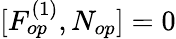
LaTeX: [F_{op}^{(1)},N_{op}]=0